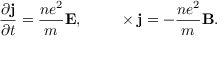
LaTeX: { \frac { \partial \mathbf { j } } { \partial t } } = { \frac { n e ^ { 2 } } { m } } \mathbf { E } , \qquad \mathbf { \nabla } \times \mathbf { j } = - { \frac { n e ^ { 2 } } { m } } \mathbf { B } .